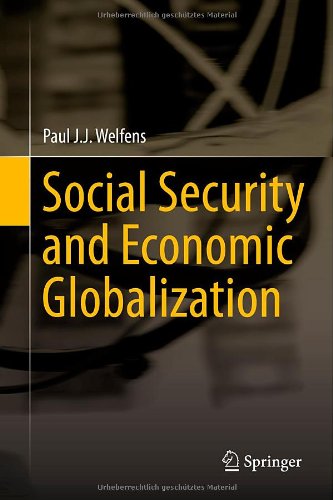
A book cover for Social Security and Economic Globalization; Paul J.J. Welfens; Business & Money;